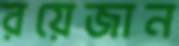
রয়েজান